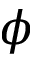
\phi